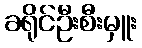
ခရိုင်ဦးစီးမှူး